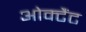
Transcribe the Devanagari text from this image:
ओक्टैंट